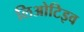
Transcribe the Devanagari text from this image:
लिओटिइव